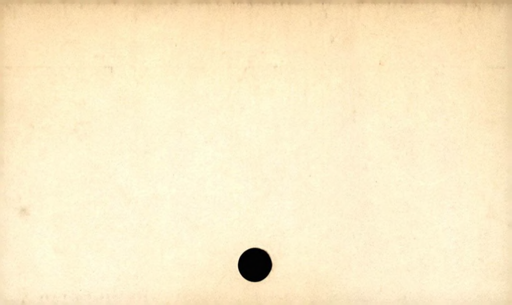
Label: divider